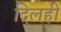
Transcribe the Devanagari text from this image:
दिलही